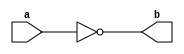
module NotGate(a,b) ;   // 1

output b ;
input a ;

nand(b,a,a) ;

endmodule